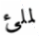
لملئ